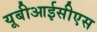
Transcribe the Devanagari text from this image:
यूबीआईसीएस